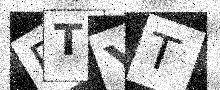
Text: PTYT